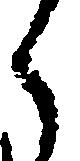
ら